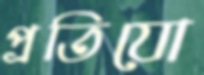
প্রতিযো